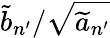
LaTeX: \widetilde{b}_{n^{\prime}}/\sqrt{\widetilde{a}_{n^{\prime}}}